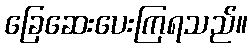
ခြေဆေးပေးကြရသည်။